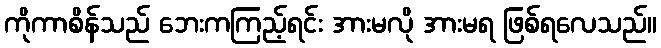
ကိုကာစိန်သည် ဘေးကကြည့်ရင်း အားမလို အားမရ ဖြစ်ရလေသည်။